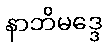
နာဘိမဒ္ဒေ